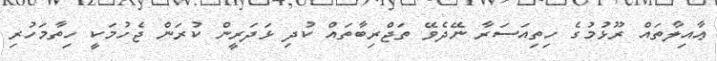
ޢާއިލާތައް ރޫޅުމުގެ ހިތިއަސަރާ ނޭދެވޭ ތަޖްރިބާތައް ކުދި ޅަދަރީން ކުރަން ޖެހުމަކީ ހިތާމަހުރި